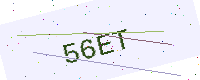
Text: 56ET